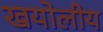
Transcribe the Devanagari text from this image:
खयोलीय